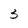
Character: 3